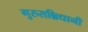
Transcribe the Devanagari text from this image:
गुरुसन्निधानी